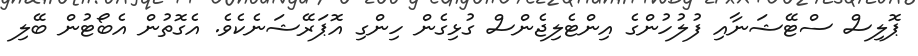
ޕޮލިސް ސްޓޭޝަނާއި ފުލުހުންގެ އިންޓެލިޖެންސް ގުޅިގެން ހިންގި އޮޕަރޭޝަނެކެވެ. އެގޮތުން އެބޯޓުން ބޭލި